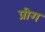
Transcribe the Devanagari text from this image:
प्रीग